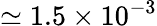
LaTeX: \simeq 1.5\times 10^{-3}